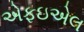
એફઇએલ